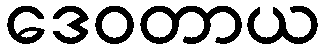
ဒေဝတာယ